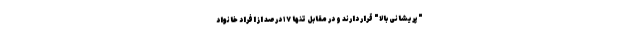
"پریشانی بالا" قرار دارند و در مقابل تنها ۱۷ درصد از افراد خانواد